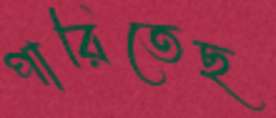
পারিতেছ